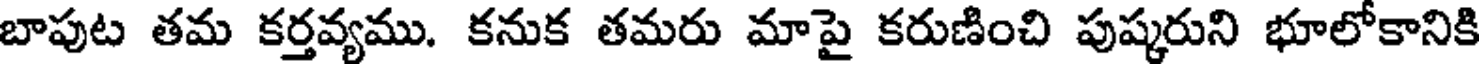
బాపుట తమ కర్తవ్యము. కనుక తమరు మాపై కరుణించి పుష్కరుని భూలోకానికి